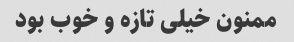
ممنون خیلی تازه و خوب بود